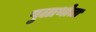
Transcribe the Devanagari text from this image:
पुलाथोता